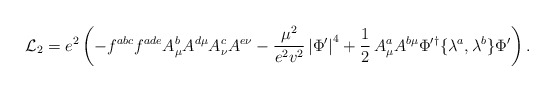
\begin{align*}{\cal L}_2 = e^2\left(-f^{abc}f^{ade}A_\mu^bA^{d\mu}A_\nu^cA^{e\nu} -\frac{\mu^2}{e^2v^2}\left|\Phi^\prime\right|^4 +\frac{1}{2}\,A_\mu^aA^{b\mu}\Phi^{\prime\dagger}\{\lambda^a,\lambda^b\}\Phi^\prime\right).\end{align*}